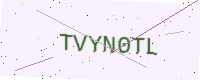
Text: TVYN0TL